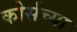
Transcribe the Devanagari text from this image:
कोर्सच्या